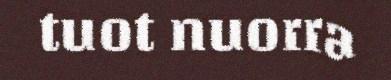
tuot nuorra